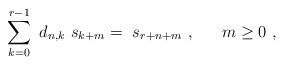
LaTeX: \begin{gather*}\sum\limits_{k=0}^{r-1}\ d_{n, k}\ s_{k + m} = \ s_{r + n + m} \ , \ \ \ \ \ m \geq 0 \ ,\end{gather*}